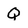
Character: Q